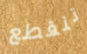
تنقطع